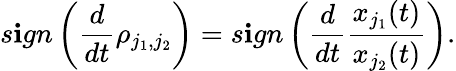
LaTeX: s\mathbf{i}gn\left(\frac{{d}}{{dt}}\rho_{j_{1},j_{2}}\right)=s\mathbf{i}gn\left(\frac{{d}}{{dt}}\frac{{x_{j_{1}}(t)}}{{x_{j_{2}}(t)}}\right).